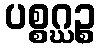
ပစ္စဂ္ဃဉ္စ